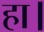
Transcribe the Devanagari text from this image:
हा।